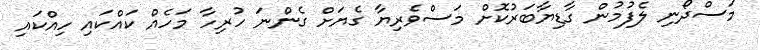
މަސްދޯނި ލެފުމުން ގާޑިޔާބަރުކޮށް މަސްވެރިޔާ ގެޔަށް ގެންނަ ހުރިހާ މަހެއް ކައްކައި ހިއްކައި